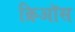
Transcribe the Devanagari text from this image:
क्रिऑस